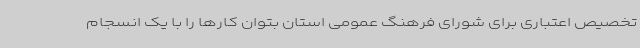
تخصیص اعتباری برای شورای فرهنگ عمومی استان بتوان کارها را با یک انسجام